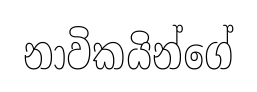
නාවිකයින්ගේ